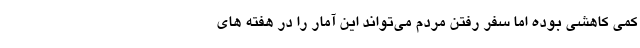
کمی کاهشی بوده اما سفر رفتن مردم می‌تواند این آمار را در هفته های